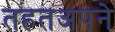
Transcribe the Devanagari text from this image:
तहतअपने